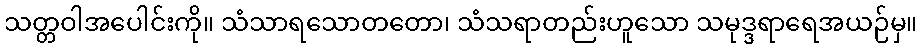
သတ္တဝါအပေါင်းကို။ သံသာရသောတတော၊ သံသရာတည်းဟူသော သမုဒ္ဒရာရေအယဉ်မှ။